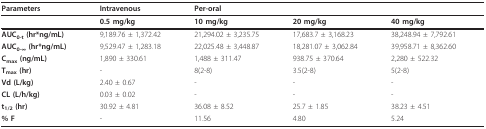
<table><thead><tr><td><b>Parameters</b></td><td><b>Intravenous</b></td><td colspan="3"><b>Per-oral</b></td></tr></thead><tbody><tr><td></td><td><b>0.5 mg/kg</b></td><td><b>10 mg/kg</b></td><td><b>20 mg/kg</b></td><td><b>40 mg/kg</b></td></tr><tr><td><b>AUC<sub>0-t </sub>(hr*ng/mL)</b></td><td>9,189.76 ± 1,372.42</td><td>21,294.02 ± 3,235.75</td><td>17,683.7 ± 3,168.23</td><td>38,248.94 ± 7,792.61</td></tr><tr><td><b>AUC<sub>0-∞ </sub>(hr*ng/mL)</b></td><td>9,529.47 ± 1,283.18</td><td>22,025.48 ± 3,448.87</td><td>18,281.07 ± 3,062.84</td><td>39,958.71 ± 8,362.60</td></tr><tr><td><b>C<sub>max </sub>(ng/mL)</b></td><td>1,890 ± 330.61</td><td>1,488 ± 311.47</td><td>938.75 ± 370.64</td><td>2,280 ± 522.32</td></tr><tr><td><b>T<sub>max </sub>(hr)</b></td><td>-</td><td>8(2-8)</td><td>3.5(2-8)</td><td>5(2-8)</td></tr><tr><td><b>Vd (L/kg)</b></td><td>2.40 ± 0.67</td><td>-</td><td>-</td><td>-</td></tr><tr><td><b>CL (L/h/kg)</b></td><td>0.03 ± 0.02</td><td>-</td><td>-</td><td>-</td></tr><tr><td><b>t<sub>1/2 </sub>(hr)</b></td><td>30.92 ± 4.81</td><td>36.08 ± 8.52</td><td>25.7 ± 1.85</td><td>38.23 ± 4.51</td></tr><tr><td><b>% F</b></td><td>-</td><td>11.56</td><td>4.80</td><td>5.24</td></tr></tbody></table>